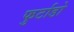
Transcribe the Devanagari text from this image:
फुर्टाडो